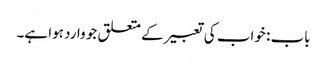
باب : خواب کی تعبیر کے متعلق جو وارد ہوا ہے۔